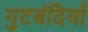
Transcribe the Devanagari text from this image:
गुटबंदियाँ